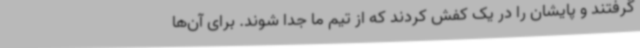
گرفتند و پایشان را در یک کفش کردند که از تیم ما جدا شوند. برای آن‌ها